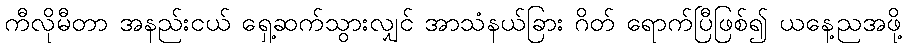
ကီလိုမီတာ အနည်းငယ် ရှေ့ဆက်သွားလျှင် အာသံနယ်ခြား ဂိတ် ရောက်ပြီဖြစ်၍ ယနေ့ညအဖို့